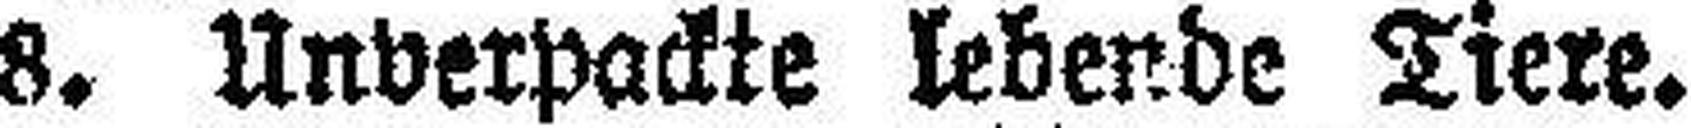
8. Unverpackte lebende Tiere.